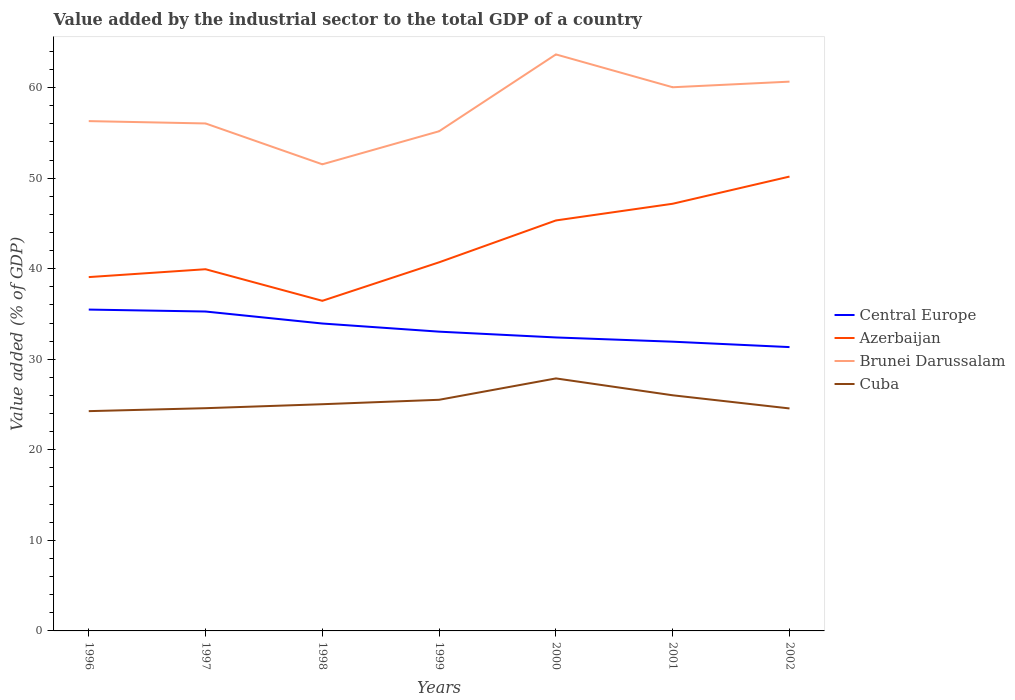
| Years | Central Europe | Azerbaijan | Brunei Darussalam | Cuba |
 | --- | --- | --- | --- | --- |
 | 1996 | 35.5 | 39.1 | 56.3 | 24.3 |
 | 1997 | 35.3 | 39.9 | 56 | 24.6 |
 | 1998 | 33.9 | 36.5 | 51.5 | 25 |
 | 1999 | 33.1 | 40.7 | 55.2 | 25.5 |
 | 2000 | 32.4 | 45.3 | 63.7 | 27.9 |
 | 2001 | 31.9 | 47.2 | 60 | 26 |
 | 2002 | 31.3 | 50.2 | 60.7 | 24.6 |